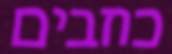
כוזבים